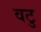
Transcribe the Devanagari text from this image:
वटु